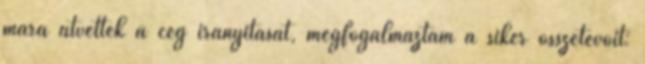
mára átvették a cég irányítását, megfogalmaztam a siker összetevôit: